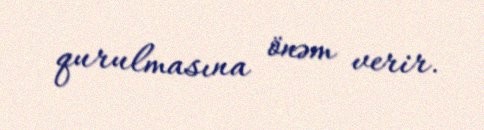
qurulmasına önəm verir.